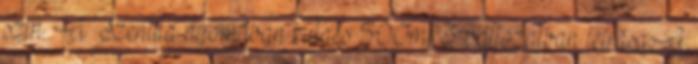
szin. A Szenilla nyomában kulacs 500ml 3 változatban leírása:A